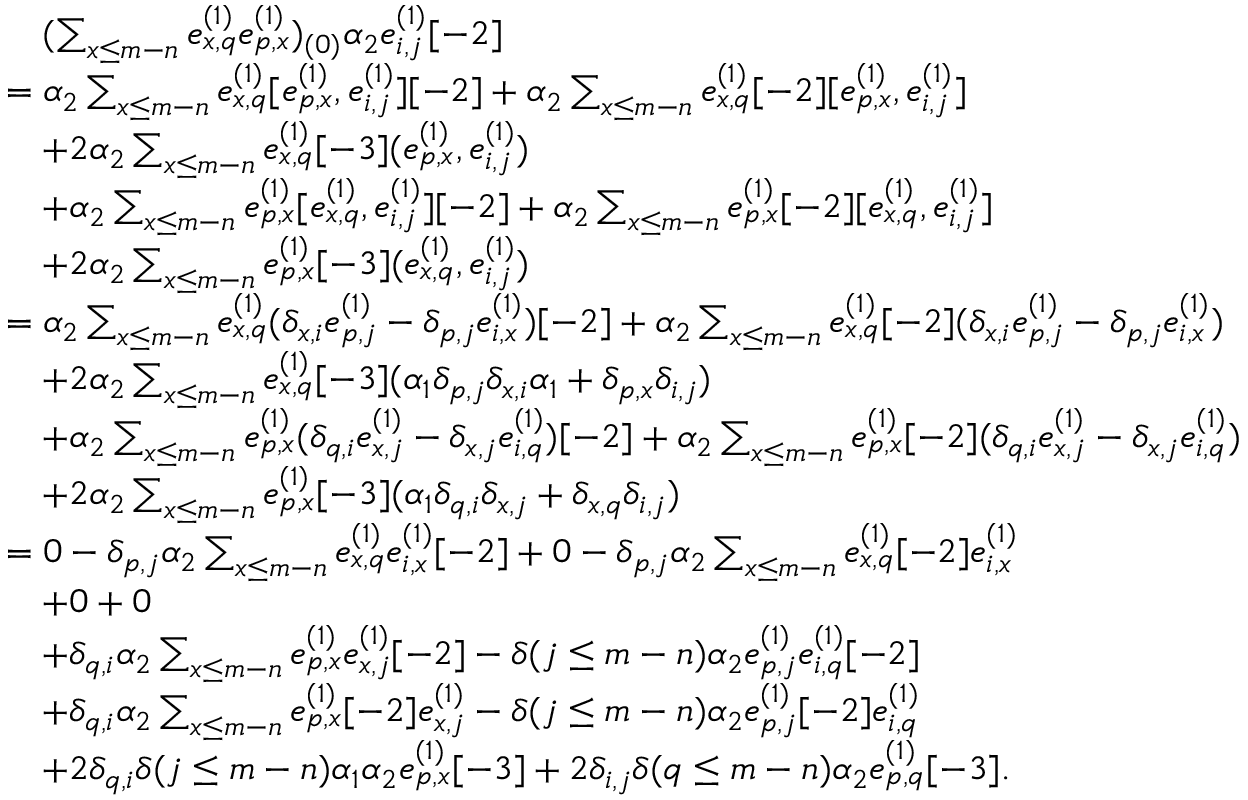
\begin{array} { r l } & { \quad ( \sum _ { x \leq m - n } e _ { x , q } ^ { ( 1 ) } e _ { p , x } ^ { ( 1 ) } ) _ { ( 0 ) } \alpha _ { 2 } e _ { i , j } ^ { ( 1 ) } [ - 2 ] } \\ & { = \alpha _ { 2 } \sum _ { x \leq m - n } e _ { x , q } ^ { ( 1 ) } [ e _ { p , x } ^ { ( 1 ) } , e _ { i , j } ^ { ( 1 ) } ] [ - 2 ] + \alpha _ { 2 } \sum _ { x \leq m - n } e _ { x , q } ^ { ( 1 ) } [ - 2 ] [ e _ { p , x } ^ { ( 1 ) } , e _ { i , j } ^ { ( 1 ) } ] } \\ & { \quad + 2 \alpha _ { 2 } \sum _ { x \leq m - n } e _ { x , q } ^ { ( 1 ) } [ - 3 ] ( e _ { p , x } ^ { ( 1 ) } , e _ { i , j } ^ { ( 1 ) } ) } \\ & { \quad + \alpha _ { 2 } \sum _ { x \leq m - n } e _ { p , x } ^ { ( 1 ) } [ e _ { x , q } ^ { ( 1 ) } , e _ { i , j } ^ { ( 1 ) } ] [ - 2 ] + \alpha _ { 2 } \sum _ { x \leq m - n } e _ { p , x } ^ { ( 1 ) } [ - 2 ] [ e _ { x , q } ^ { ( 1 ) } , e _ { i , j } ^ { ( 1 ) } ] } \\ & { \quad + 2 \alpha _ { 2 } \sum _ { x \leq m - n } e _ { p , x } ^ { ( 1 ) } [ - 3 ] ( e _ { x , q } ^ { ( 1 ) } , e _ { i , j } ^ { ( 1 ) } ) } \\ & { = \alpha _ { 2 } \sum _ { x \leq m - n } e _ { x , q } ^ { ( 1 ) } ( \delta _ { x , i } e _ { p , j } ^ { ( 1 ) } - \delta _ { p , j } e _ { i , x } ^ { ( 1 ) } ) [ - 2 ] + \alpha _ { 2 } \sum _ { x \leq m - n } e _ { x , q } ^ { ( 1 ) } [ - 2 ] ( \delta _ { x , i } e _ { p , j } ^ { ( 1 ) } - \delta _ { p , j } e _ { i , x } ^ { ( 1 ) } ) } \\ & { \quad + 2 \alpha _ { 2 } \sum _ { x \leq m - n } e _ { x , q } ^ { ( 1 ) } [ - 3 ] ( \alpha _ { 1 } \delta _ { p , j } \delta _ { x , i } \alpha _ { 1 } + \delta _ { p , x } \delta _ { i , j } ) } \\ & { \quad + \alpha _ { 2 } \sum _ { x \leq m - n } e _ { p , x } ^ { ( 1 ) } ( \delta _ { q , i } e _ { x , j } ^ { ( 1 ) } - \delta _ { x , j } e _ { i , q } ^ { ( 1 ) } ) [ - 2 ] + \alpha _ { 2 } \sum _ { x \leq m - n } e _ { p , x } ^ { ( 1 ) } [ - 2 ] ( \delta _ { q , i } e _ { x , j } ^ { ( 1 ) } - \delta _ { x , j } e _ { i , q } ^ { ( 1 ) } ) } \\ & { \quad + 2 \alpha _ { 2 } \sum _ { x \leq m - n } e _ { p , x } ^ { ( 1 ) } [ - 3 ] ( \alpha _ { 1 } \delta _ { q , i } \delta _ { x , j } + \delta _ { x , q } \delta _ { i , j } ) } \\ & { = 0 - \delta _ { p , j } \alpha _ { 2 } \sum _ { x \leq m - n } e _ { x , q } ^ { ( 1 ) } e _ { i , x } ^ { ( 1 ) } [ - 2 ] + 0 - \delta _ { p , j } \alpha _ { 2 } \sum _ { x \leq m - n } e _ { x , q } ^ { ( 1 ) } [ - 2 ] e _ { i , x } ^ { ( 1 ) } } \\ & { \quad + 0 + 0 } \\ & { \quad + \delta _ { q , i } \alpha _ { 2 } \sum _ { x \leq m - n } e _ { p , x } ^ { ( 1 ) } e _ { x , j } ^ { ( 1 ) } [ - 2 ] - \delta ( j \leq m - n ) \alpha _ { 2 } e _ { p , j } ^ { ( 1 ) } e _ { i , q } ^ { ( 1 ) } [ - 2 ] } \\ & { \quad + \delta _ { q , i } \alpha _ { 2 } \sum _ { x \leq m - n } e _ { p , x } ^ { ( 1 ) } [ - 2 ] e _ { x , j } ^ { ( 1 ) } - \delta ( j \leq m - n ) \alpha _ { 2 } e _ { p , j } ^ { ( 1 ) } [ - 2 ] e _ { i , q } ^ { ( 1 ) } } \\ & { \quad + 2 \delta _ { q , i } \delta ( j \leq m - n ) \alpha _ { 1 } \alpha _ { 2 } e _ { p , x } ^ { ( 1 ) } [ - 3 ] + 2 \delta _ { i , j } \delta ( q \leq m - n ) \alpha _ { 2 } e _ { p , q } ^ { ( 1 ) } [ - 3 ] . } \end{array}